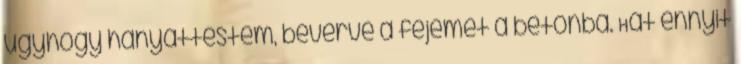
úgyhogy hanyattestem, beverve a fejemet a betonba. Hát ennyit